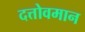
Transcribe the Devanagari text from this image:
दत्तोवमान